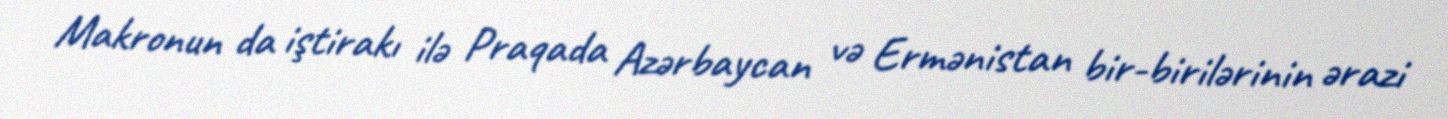
Makronun da iştirakı ilə Praqada Azərbaycan və Ermənistan bir-birilərinin ərazi